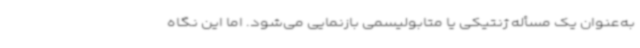
به‌عنوان یک مسأله ژنتیکی یا متابولیسمی بازنمایی می‌شود. اما این نگاه